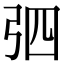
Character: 𢏎